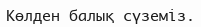
Көлден балық сүземiз.